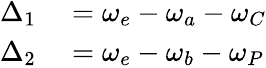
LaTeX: \begin{array}{rl}{\Delta_{1}}&{{}=\omega_{e}-\omega_{a}-\omega_{C}}\\ {\Delta_{2}}&{{}=\omega_{e}-\omega_{b}-\omega_{P}}\end{array}